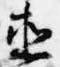
直